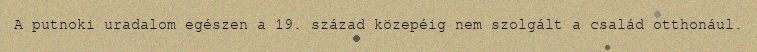
A putnoki uradalom egészen a 19. század közepéig nem szolgált a család otthonául.